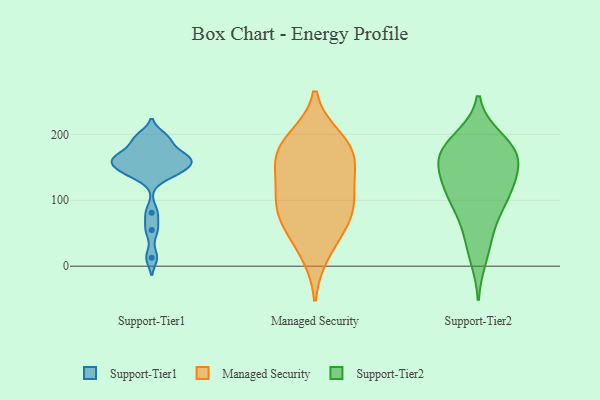
{"axis": {"x": "Demand Index", "y": "Value"}, "legend": ["Managed Security", "Support-Tier1", "Support-Tier2"], "data": [{"x": "", "y": 171, "type": "Support-Tier1"}, {"x": "", "y": 136, "type": "Support-Tier1"}, {"x": "", "y": 162, "type": "Support-Tier1"}, {"x": "", "y": 147, "type": "Support-Tier1"}, {"x": "", "y": 13, "type": "Support-Tier1"}, {"x": "", "y": 188, "type": "Support-Tier1"}, {"x": "", "y": 197, "type": "Support-Tier1"}, {"x": "", "y": 145, "type": "Support-Tier1"}, {"x": "", "y": 166, "type": "Support-Tier1"}, {"x": "", "y": 194, "type": "Support-Tier1"}, {"x": "", "y": 143, "type": "Support-Tier1"}, {"x": "", "y": 163, "type": "Support-Tier1"}, {"x": "", "y": 163, "type": "Support-Tier1"}, {"x": "", "y": 81, "type": "Support-Tier1"}, {"x": "", "y": 55, "type": "Support-Tier1"}, {"x": "", "y": 157, "type": "Support-Tier1"}, {"x": "", "y": 158, "type": "Managed Security"}, {"x": "", "y": 100, "type": "Managed Security"}, {"x": "", "y": 19, "type": "Managed Security"}, {"x": "", "y": 172, "type": "Managed Security"}, {"x": "", "y": 120, "type": "Managed Security"}, {"x": "", "y": 188, "type": "Managed Security"}, {"x": "", "y": 50, "type": "Managed Security"}, {"x": "", "y": 80, "type": "Managed Security"}, {"x": "", "y": 90, "type": "Managed Security"}, {"x": "", "y": 70, "type": "Managed Security"}, {"x": "", "y": 136, "type": "Managed Security"}, {"x": "", "y": 194, "type": "Managed Security"}, {"x": "", "y": 170, "type": "Managed Security"}, {"x": "", "y": 193, "type": "Support-Tier2"}, {"x": "", "y": 116, "type": "Support-Tier2"}, {"x": "", "y": 94, "type": "Support-Tier2"}, {"x": "", "y": 194, "type": "Support-Tier2"}, {"x": "", "y": 169, "type": "Support-Tier2"}, {"x": "", "y": 13, "type": "Support-Tier2"}, {"x": "", "y": 40, "type": "Support-Tier2"}, {"x": "", "y": 148, "type": "Support-Tier2"}, {"x": "", "y": 64, "type": "Support-Tier2"}, {"x": "", "y": 128, "type": "Support-Tier2"}, {"x": "", "y": 109, "type": "Support-Tier2"}, {"x": "", "y": 166, "type": "Support-Tier2"}, {"x": "", "y": 97, "type": "Support-Tier2"}, {"x": "", "y": 169, "type": "Support-Tier2"}, {"x": "", "y": 171, "type": "Support-Tier2"}, {"x": "", "y": 170, "type": "Support-Tier2"}, {"x": "", "y": 132, "type": "Support-Tier2"}]}